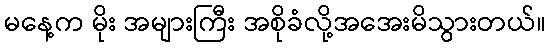
မနေ့က မိုး အများကြီး အစိုခံလို့အအေးမိသွားတယ်။